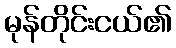
မုန်တိုင်းငယ်၏